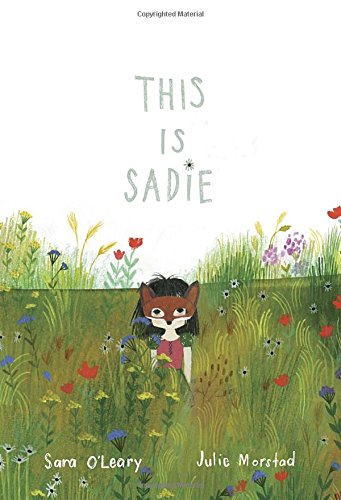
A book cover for This Is Sadie; Sara O'Leary; Children's Books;